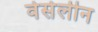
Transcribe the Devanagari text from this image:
वेसेलीन